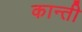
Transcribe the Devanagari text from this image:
कान्ती